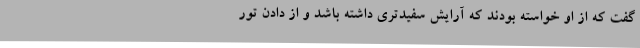
گفت که از او خواسته‌ بودند که آرایش سفیدتری داشته باشد و از دادن تور